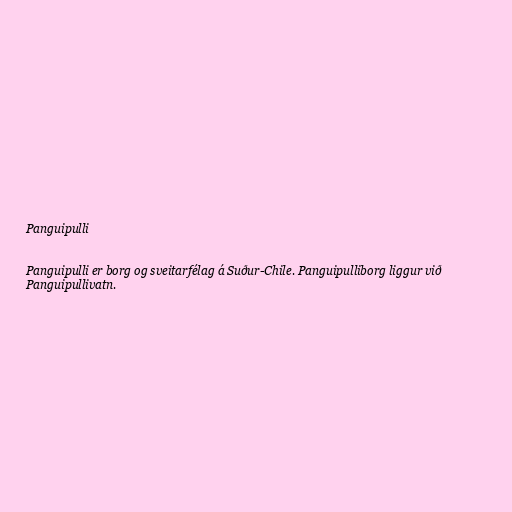
Panguipulli

Panguipulli er borg og sveitarfélag á Suður-Chile. Panguipulliborg liggur við
Panguipullivatn.